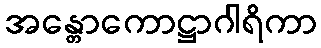
အန္တောကောဋ္ဌာဂါရိကာ